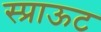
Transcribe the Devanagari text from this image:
स्प्राऊट